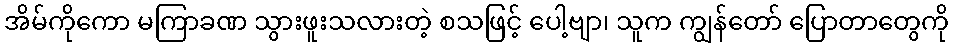
အိမ်ကိုကော မကြာခဏ သွားဖူးသလားတဲ့ စသဖြင့် ပေါ့ဗျာ၊ သူက ကျွန်တော် ပြောတာတွေကို